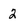
Character: 2